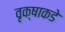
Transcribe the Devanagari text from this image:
वृक्षाकडे